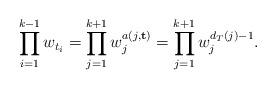
LaTeX: \begin{align*} \prod_{i=1}^{k-1}w_{t_i} = \prod_{j=1}^{k+1} w_j^{a(j,{\bf t})} = \prod_{j=1}^{k+1} w_j^{d_T(j)-1}.\end{align*}